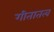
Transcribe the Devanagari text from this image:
गीतातत्व